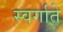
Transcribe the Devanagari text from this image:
स्वर्गाते